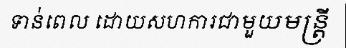
ទាន់ពេល ដោយសហការជាមួយមន្ត្រី